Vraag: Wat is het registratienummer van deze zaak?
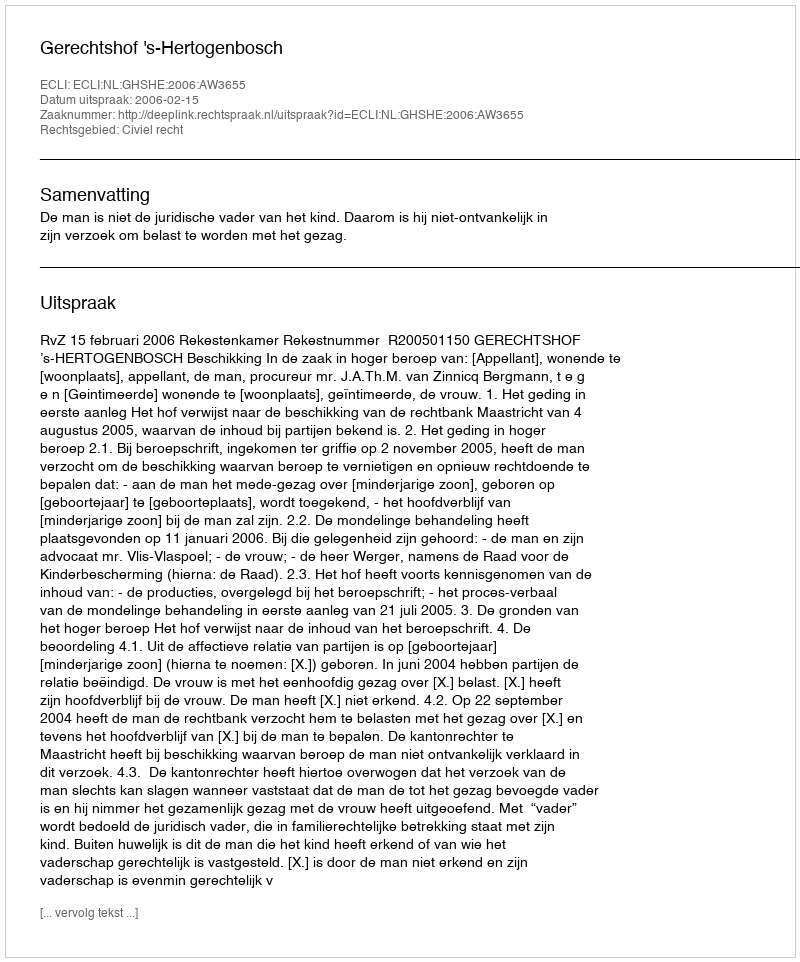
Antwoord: http://deeplink.rechtspraak.nl/uitspraak?id=ECLI:NL:GHSHE:2006:AW3655